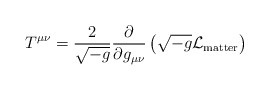
\begin{align*}T^{\mu\nu} = \frac{2}{\sqrt{-g}} \frac{\partial}{\partial g_{\mu\nu}} \left( \sqrt{-g} {\cal L}_{\rm matter} \right)\end{align*}